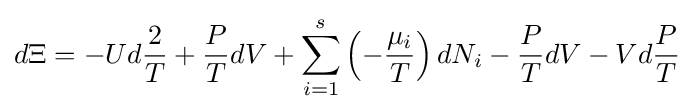
d\Xi =-Ud{\frac {2}{T}}+{\frac {P}{T}}dV+\sum _{i=1}^{s}\left(-{\frac {\mu _{i}}{T}}\right)dN_{i}-{\frac {P}{T}}dV-Vd{\frac {P}{T}}